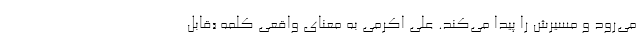
می‌رود و مسیرش را پیدا می‌کند. علی اکرمی به معنای واقعی کلمه «قابل